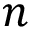
n